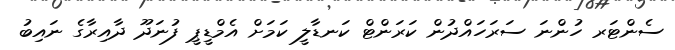
ސެންޓަރ ހުންނަ ސަރަހައްދުން ކަރަންޓް ކަނޑާލީ ކަމަށް އެމްޑީޕީ ފުނަދޫ ދާއިރާގެ ނައިބު